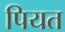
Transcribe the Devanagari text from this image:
पियत